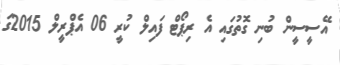
އޭސީސީން ބުނި ގޮތުގައި އެ ރިޕޯޓް ފައިލް ކުރީ 06 އެޕްރީލް 2015ގަ